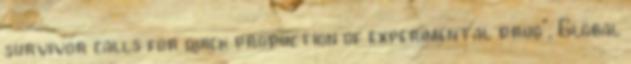
survivor calls for quick production of experimental drug”, Global